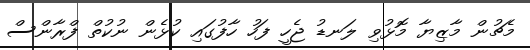
މެޗުން މާޒިޔާ މޮޅުވި ލަނޑު ޖެހީ ފަހު ހާފުގައި ކުޅެން ނުކުތް ފްރާންސް